NAE_ERA_R-1950_Eesti_Ajakirjanike_Liit, lk 10
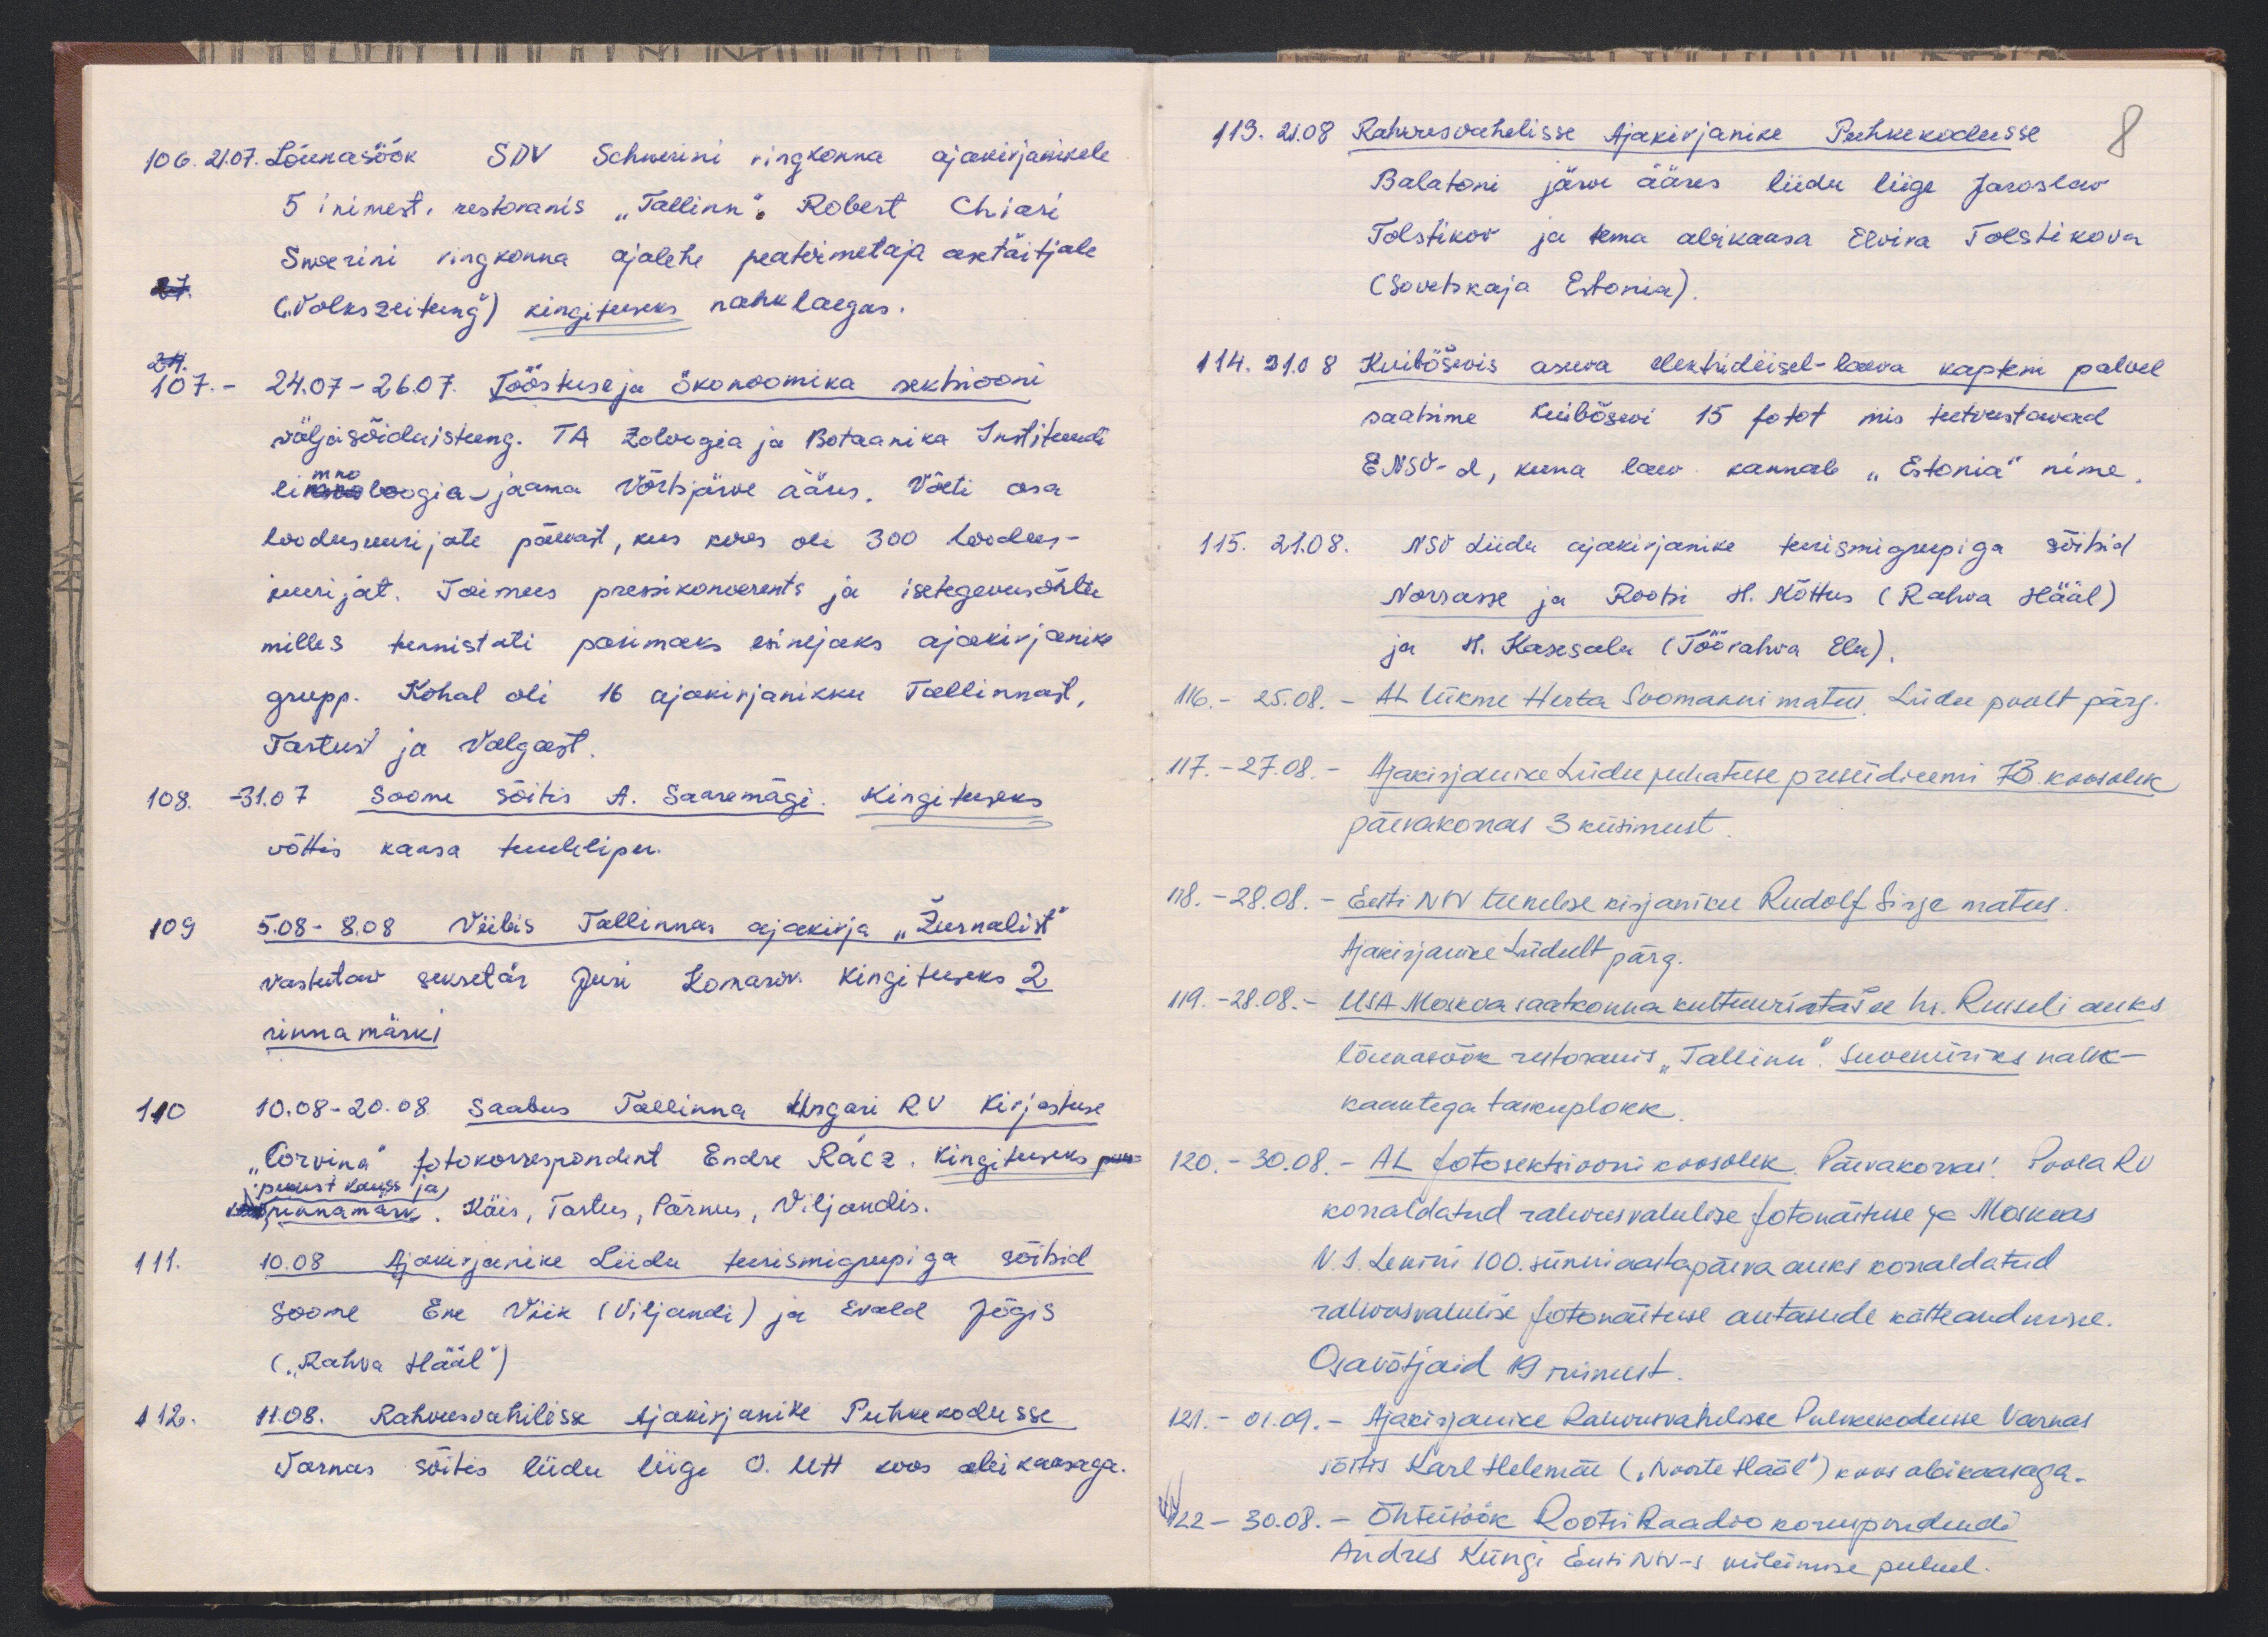
106. 21.07. Lõunasöök SDV Schwerini ringkonna ajakirjanikele
5 inimest, restoranis "Tallinn". Robert Chiari
Swerini rirgkonna ajalehe peatoimetaja asetäitjale
27
(Volkszeitung) kingituseks nahklaegas.
107.- 24.07-26.07. Tööstuse ja ökonoomika sektsiooni
väljasõiduistung. TA Zoloogia ja Botaanika Instituudi
eimnoloogia-jaama Võrtsjärve ääres. Võeti osa
loodusuurijate päevast, kus koos oli 300 loodus-
uurijat. Toimus pressikonverents ja isetegevusõhtu
milles tunnistati parimaks esinejaks ajakirjanike
grupp. Kohal oli 16 ajakirjanikku Tallinnast,
Tartust ja Valgast
108. - 31.07 Soome sõitis A. Saaremägi. Kingituseks
võttis kaasa tuulelipu.
109 5.08-8.08 Viibis Tallinnas ajakirja "Žurnalist"
vastutav sekretär Juri Komarov kingituseks 2
rinna märki
110 10.08-20.08. Saabus Tallinna Ungari RV Kirjastuse
"Corvina" fotokorrespondent Endre Rácz. Kingituseks puu-
puust kauss  ja
rinnamärk. Käis, Tartus, Pärnus, Viljandis.
111 10.08 Ajakirjanike Liidu turismigrupiga sõitsid
Soome Ene Viik (Viljandi) ja Evald Jõgis
(„Rahva Hääl")
112. 11.08. Rahvusvahelisse Ajakirjanike Puhkekodusse
Varnas sõitis liidu liige A. Utt koos abikaasaga.

113. 21.08 Rahvusvahelisse Ajakirjanike Puhkekodusse
8
Balatoni järve ääres liidu liige Jaroslav
Tolstikov ja tema abikaasa Elvira Tolstikova
(Sovetskaja Estonia).
114. 21.08 Kuibõševis asuva elektridiisel-laeva kapteni palvel
saatsime Kuibõsevi 15 fotot mis tutvustavad
ENSV-d, kuna laev kannab "Estonia" nime
115. 21.08. NSV Liidu ajakirjanike turismigrupiga sõitsid
Norrasse ja Rootsi H. Mõttus (Rahva Hääl)
ja H. Kasesalu (Töörahva Elu).
116. - 25.08. - AL liikme Herta Soomanni matus Liidu poolt pärg.
117. - 27.08. - Ajakirjaduse Liidu juhatuse preesiidiumi 73. koosolek
päevakorras 3 küsimust.
18. - 28.08. - Eesti NSV teenelise kirjaniku Rudolf Sirje matus
Ajakirjanike Liidult pärg.
119. - 28.08. - USA Moskva saatkonna kultuuriatašee  hr. Russeli auks
lõunasöök restoranis "Tallinn". Suveniiriks nahk-
kaantega taskuplokk.
120. - 30.08.- AL fotosektsiooni koosolek Päevakorras. Poola RV
korraldatud rahvusvahelise fotonäituse ja Moskvas
V. I. Lenini 100. sünniaastapäeva auks korraldatud
rahvusvahelise fotonäituse autasude kätteandmine.
Osavõtjaid 19 inimest.
121. - 01.09. - Ajakirjanike Rahvusvahelisse Puhkekodusse Varnas
sõitis Karl Helenäe ("Noorte Hääl") koos abikaasaga.
VV 122 - 30.08. - Õhtuöök Rootsi Raadio korespondendi
Andres Küngi Eesti NSV-s vibimise puhul.